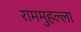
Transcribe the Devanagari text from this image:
राममुहल्ला